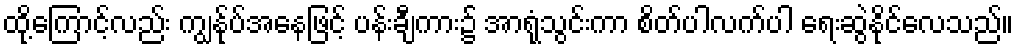
ထို့ကြောင့်လည်း ကျွန်ုပ်အနေဖြင့် ပန်းချီကား၌ အာရုံသွင်းကာ စိတ်ပါလက်ပါ ရေးဆွဲနိုင်လေသည်။